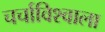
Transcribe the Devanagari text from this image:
चर्चाविश्वाला